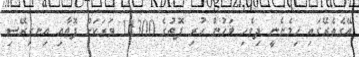
އޭގެތެރޭގައި ހިމެނެނީ ދިވެހި ބަހުން ހުރި ފޮތުގެ 11300 ވަރަކަށް ފޮތާއި އިނގިރޭސި